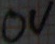
Text: 0V